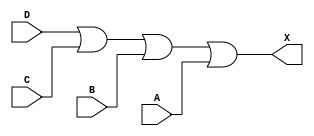
module sky130_fd_sc_ls__or4 (
    X,
    A,
    B,
    C,
    D
);
    output X;
    input  A;
    input  B;
    input  C;
    input  D;
    wire or0_out_X;
    or  or0  (or0_out_X, D, C, B, A     );
    buf buf0 (X        , or0_out_X      );
endmodule